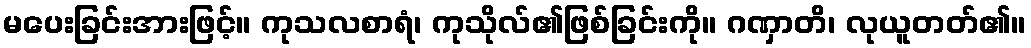
မပေးခြင်းအားဖြင့်။ ကုသလစာရံ၊ ကုသိုလ်၏ဖြစ်ခြင်းကို။ ဂဏှာတိ၊ လုယူတတ်၏။